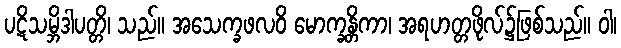
ပဋိသမ္ဘိဒါပတ္တိ၊ သည်။ အသေက္ခဖလဝိ မောက္ခန္တိကာ၊ အရဟတ္တဖိုလ်၌ဖြစ်သည်။ ဝါ၊